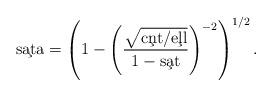
LaTeX: \begin{align*} \c{sata} = \left( 1 - \left(\frac{\sqrt{\c{cnt}/\c{ell}}}{1-\c{sat}}\right)^{-2} \right)^{1/2}.\end{align*}